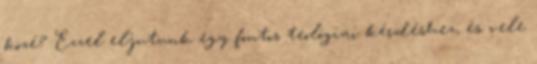
közé? Ezzel eljutunk egy fontos teológiai kérdéshez, és vele